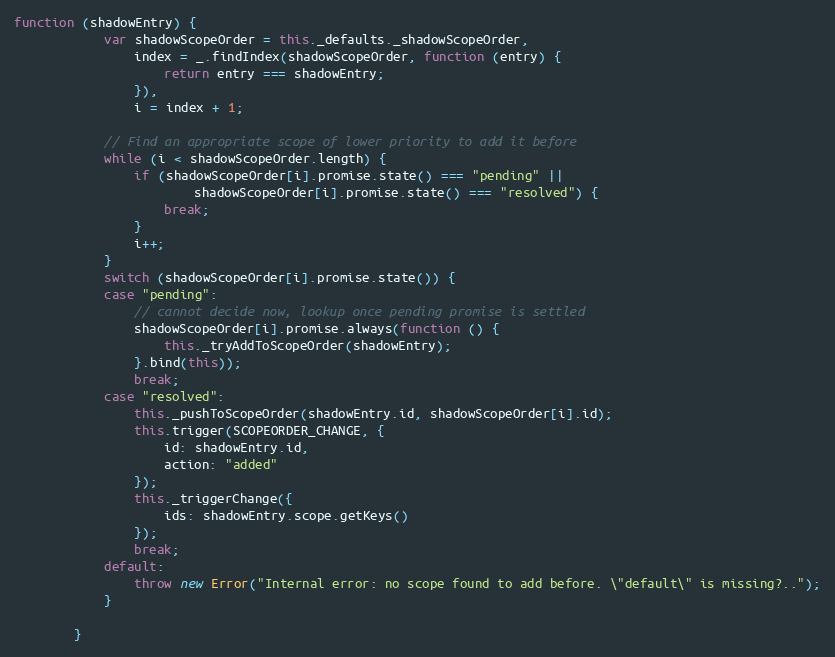
Language: JavaScript
function (shadowEntry) {
            var shadowScopeOrder = this._defaults._shadowScopeOrder,
                index = _.findIndex(shadowScopeOrder, function (entry) {
                    return entry === shadowEntry;
                }),
                i = index + 1;

            // Find an appropriate scope of lower priority to add it before
            while (i < shadowScopeOrder.length) {
                if (shadowScopeOrder[i].promise.state() === "pending" ||
                        shadowScopeOrder[i].promise.state() === "resolved") {
                    break;
                }
                i++;
            }
            switch (shadowScopeOrder[i].promise.state()) {
            case "pending":
                // cannot decide now, lookup once pending promise is settled
                shadowScopeOrder[i].promise.always(function () {
                    this._tryAddToScopeOrder(shadowEntry);
                }.bind(this));
                break;
            case "resolved":
                this._pushToScopeOrder(shadowEntry.id, shadowScopeOrder[i].id);
                this.trigger(SCOPEORDER_CHANGE, {
                    id: shadowEntry.id,
                    action: "added"
                });
                this._triggerChange({
                    ids: shadowEntry.scope.getKeys()
                });
                break;
            default:
                throw new Error("Internal error: no scope found to add before. \"default\" is missing?..");
            }

        }